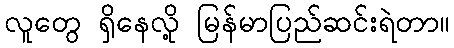
လူတွေ ရှိနေလို့ မြန်မာပြည်ဆင်းရဲတာ။